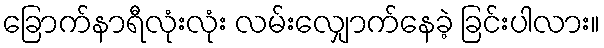
ခြောက်နာရီလုံးလုံး လမ်းလျှောက်နေခဲ့ ခြင်းပါလား။